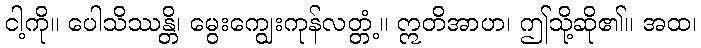
ငါ့ကို။ ပေါသိဿန္တိ၊ မွေးကျွေးကုန်လတ္တံ့။ ဣတိအာဟ၊ ဤသို့ဆို၏။ အထ၊